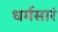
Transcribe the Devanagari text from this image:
धर्मसारं